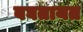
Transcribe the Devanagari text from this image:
बघतायत